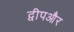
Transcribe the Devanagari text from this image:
द्वीपऔर